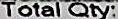
TOTAL QTY: